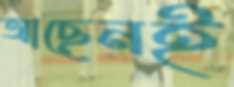
আছেনই